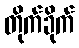
တိုက်ခိုက်